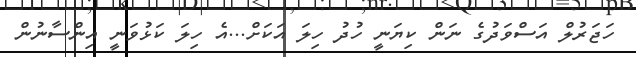
ހަޖަރުލް އަސްވަދުގެ ނަން ކިޔަނީ ހުދު ހިލަ އަކަށް...އެ ހިލަ ކަޅުވަނީ އިންސާނުން